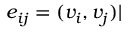
e _ { i j } = ( v _ { i } , v _ { j } ) |